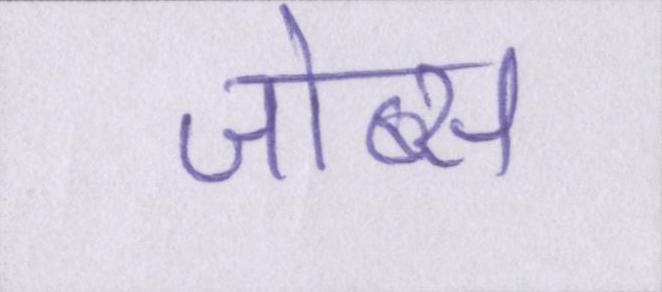
जोब्स